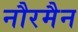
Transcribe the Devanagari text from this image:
नौरमैन